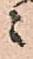
ニ